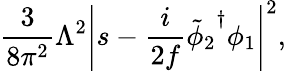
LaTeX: {\frac{3}{8\pi^{2}}}\Lambda^{2}\left|s-{\frac{i}{2f}}{\tilde{\phi}_{2}}^{\dagger}\phi_{1}\right|^{2},